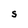
Character: S